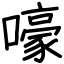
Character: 嚎